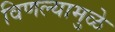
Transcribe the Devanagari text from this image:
विणल्यामुळे